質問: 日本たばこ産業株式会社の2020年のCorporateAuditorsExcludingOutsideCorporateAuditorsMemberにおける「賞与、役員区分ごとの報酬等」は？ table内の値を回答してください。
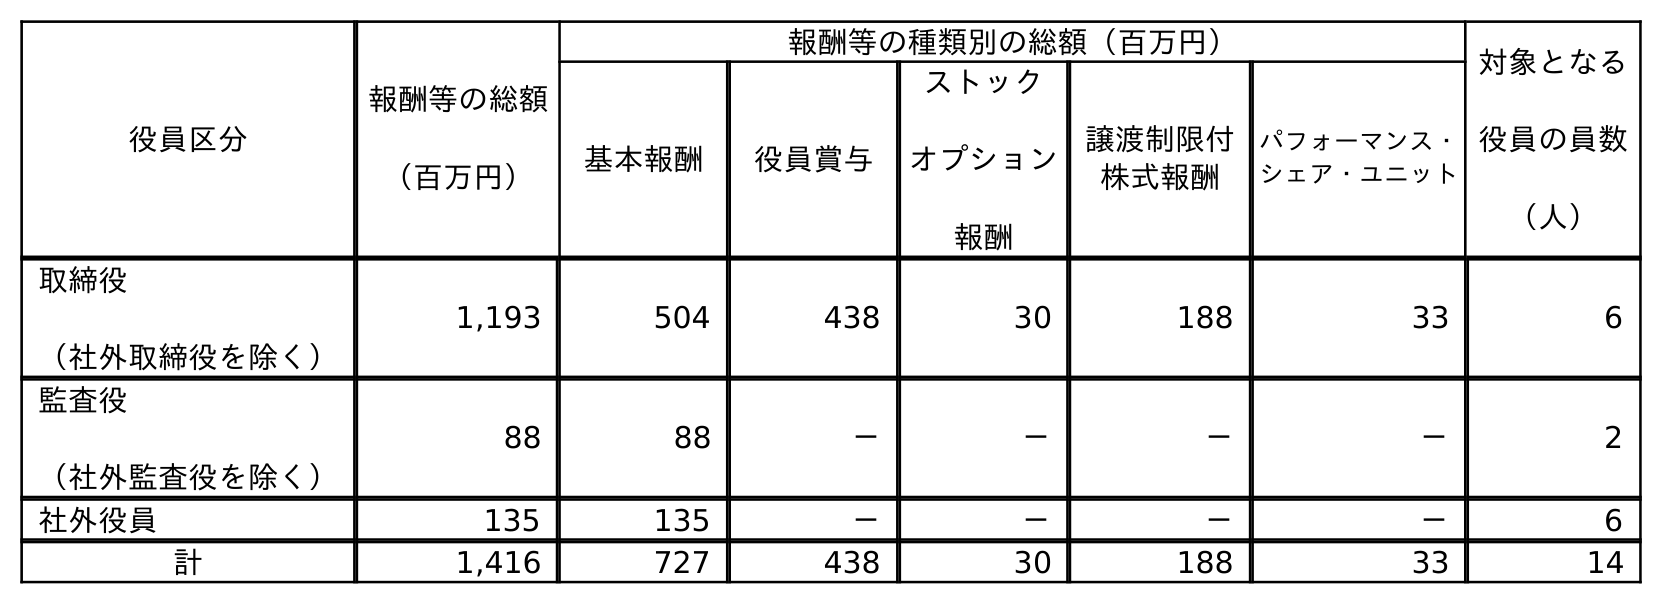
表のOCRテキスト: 役員区分 報酬等の総額 （百万円） 報酬等の種類別の総額（百万円） 対象となる 役員の員数 （人） 基本報酬 役員賞与 ストック オプション 報酬 譲渡制限付 株式報酬 パフォーマンス・ シェア・ユニット 取締役 （社外取締役を除く） 1,193 504 438 30 188 33 6 監査役 （社外監査役を除く） 88 88 － － － － 2 社外役員 135 135 － － － － 6 計 1,416 727 438 30 188 33 14
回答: －